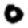
Digit: 0